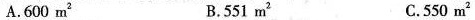
A.600m^{2} B.551m^{2} C.550m^{2}